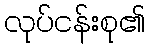
လုပ်ငန်းစု၏